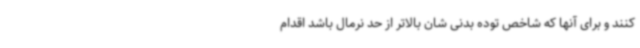
کنند و برای آنها که شاخص توده بدنی شان بالاتر از حد نرمال باشد اقدام